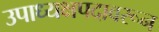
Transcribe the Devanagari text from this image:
उपाध्यक्षपदावरून